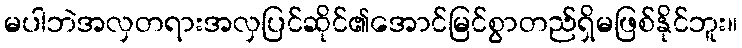
မပါဘဲအလှတရားအလှပြင်ဆိုင်၏အောင်မြင်စွာတည်ရှိမဖြစ်နိုင်ဘူး။